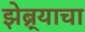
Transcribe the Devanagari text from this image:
झेब्र्याचा